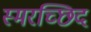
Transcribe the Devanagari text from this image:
स्मरच्छिदं